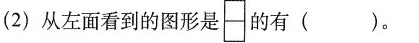
(2)从左面看到的图形是的有()。